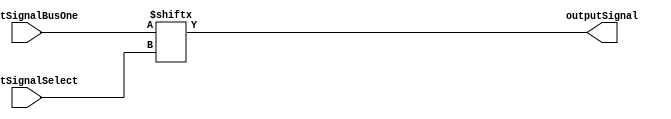
/**************************************************************************************************
*                  <2019> Interceptor
*          Please refer to license.txt for the 
*          legal contents of this software build
***************************************************************************************************
*Project:          Verilog Modules
*Description:      This file takes two inputs, one bus and one select to select a bus output
***************************************************************************************************
*Change History:
*   Version        Date            Author          Description
*   -------        ----            ------          -----------
*   1.0            29/01/18        Rubber-Duck-999 Creation of file
*
***************************************************************************************************
*Logic table:
*   Input 1    |     Select    |    Output
*   -----      |     -----     |    ------
*   0000 0001  |     000       |    1
*   0000 0010  |     001       |    1
*   0000 0100  |     010       |    1
*   0000 1000  |     011       |    1
*   0001 0000  |     100       |    1
*   0010 0000  |     101       |    1
*   0100 0000  |     110       |    1
*   1000 0000  |     111       |    1
*
***************************************************************************************************
*Parameters:
*   Name              Direction       Description
*   ----              ---------       ----
*   inputSignalBusOne Input           This is the first input signal
*   inputSignalThree  Input           This is the third input signal
*   outputSignal      Output          This is the output boolean signal 
*
***************************************************************************************************/
module MUX8_1
(
    inputSignalBusOne,
	inputSignalSelect,
    outputSignal
);

input  [7:0]  inputSignalBusOne;
input  [2:0]  inputSignalSelect;

output        outputSignal;

assign outputSignal = inputSignalBusOne[inputSignalSelect];

endmodule